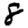
Digit: 8